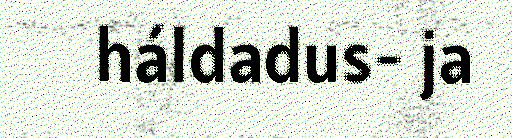
háldadus- ja